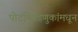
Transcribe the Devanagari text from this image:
पोटनिवडणुकांमधून